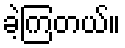
ခဲ့ကြတယ်။